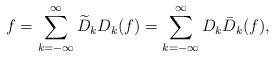
LaTeX: \begin{align*}f=\sum\limits_{k=-\infty}^{\infty} \widetilde{D}_{k} D_{k}(f)=\sum\limits_{k=-\infty}^{\infty} D_{k} \bar{D}_{k}(f),\end{align*}